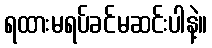
ရထားမရပ်ခင်မဆင်းပါနဲ့။